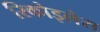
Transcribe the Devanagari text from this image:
रिकोइलेस